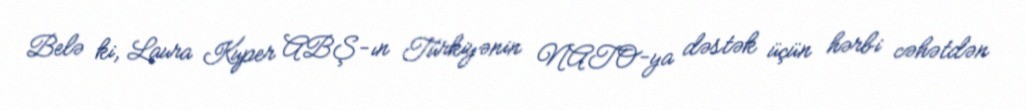
Belə ki, Laura Kuper ABŞ-ın Türkiyənin NATO-ya dəstək üçün hərbi cəhətdən